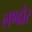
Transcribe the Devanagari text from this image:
लण्ढोर